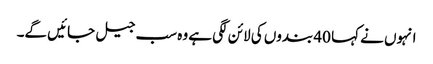
انہوں نے کہا 40 بندوں کی لائن لگی ہے وہ سب جیل جائیں گے۔